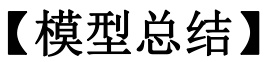
【模型总结】